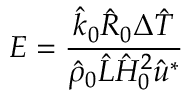
E = \frac { \hat { k } _ { 0 } \hat { R } _ { 0 } \Delta \hat { T } } { \hat { \rho } _ { 0 } \hat { L } \hat { H } _ { 0 } ^ { 2 } \hat { u } ^ { * } }